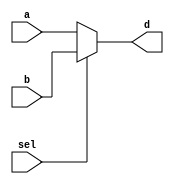
`timescale 1ns/1ns

module MUX2x1(a,b,sel,d);

    parameter DATAWIDTH = 32;
    input [DATAWIDTH-1:0] a;
    input [DATAWIDTH-1:0] b;
    input sel;

    output reg [DATAWIDTH-1:0] d;

    always @(a,b,sel)
        d = sel ? b : a;
endmodule